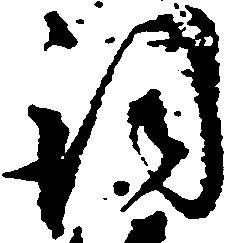
詞